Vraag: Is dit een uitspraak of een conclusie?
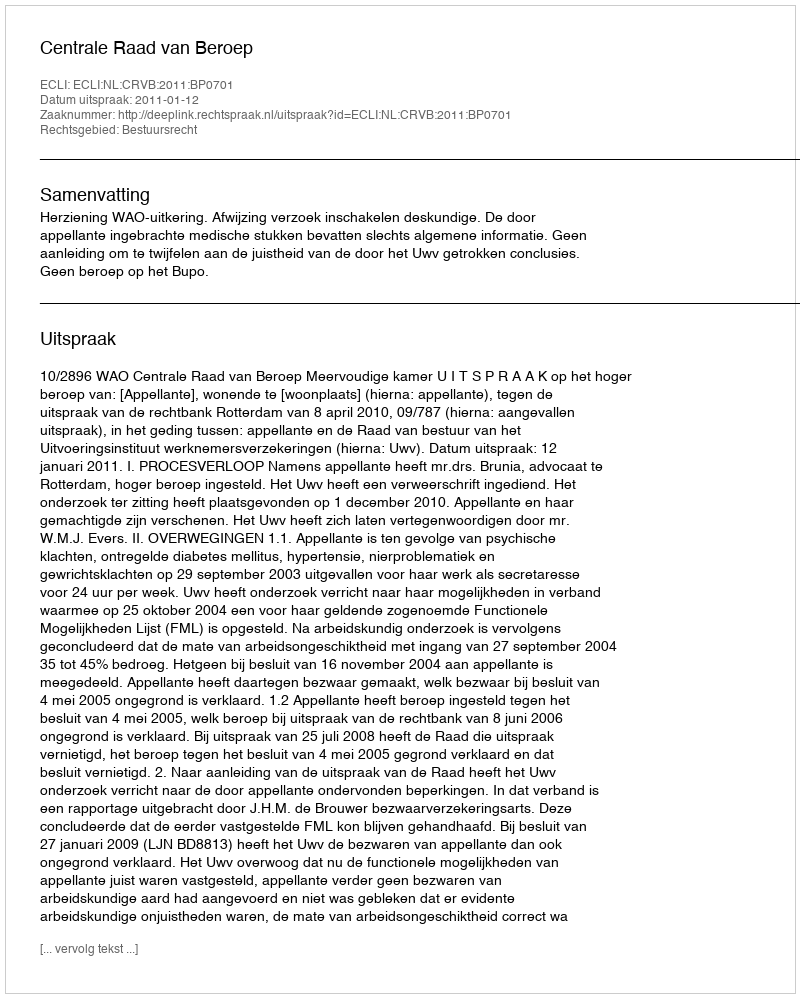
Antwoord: Uitspraak